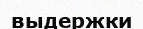
выдержки